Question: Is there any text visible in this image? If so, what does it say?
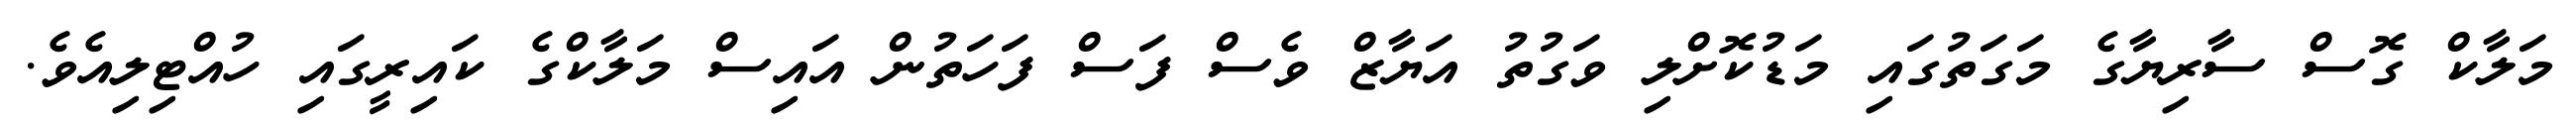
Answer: މަލާކް ގޮސް ސާރިޔާގެ މަގަތުގައި މަޑުކޮށްލި ވަގުތު އަޔާޒް ވެސް ފަސް ފަހަތުން އައިސް މަލާކްގެ ކައިރީގައި ހުއްޓިލިއެވެ.